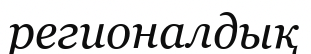
регионалдық